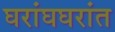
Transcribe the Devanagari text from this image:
घरांघघरांत